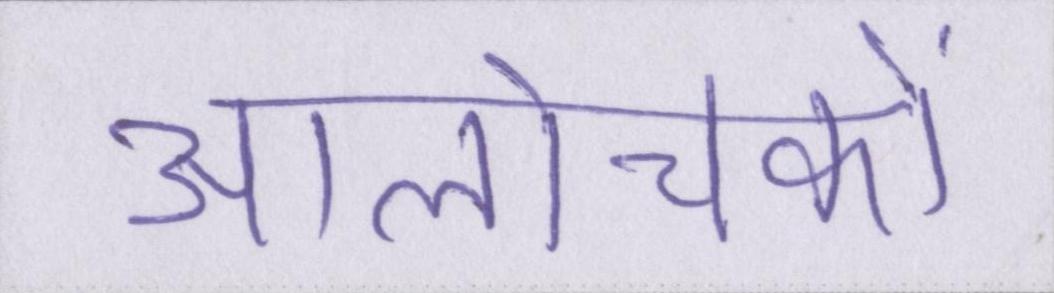
आलोचकों